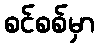
စင်စစ်မှာ